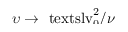
\smash { \upsilon \to \ensuremath { \mathrm { \ t e x t s l { v } } _ { 0 } } ^ { 2 } / \nu }